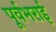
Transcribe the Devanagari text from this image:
पूर्वभराई